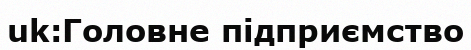
uk:Головне підприємство